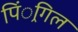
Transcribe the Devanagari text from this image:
पिं्रगिल